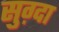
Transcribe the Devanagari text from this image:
सुग़्दा